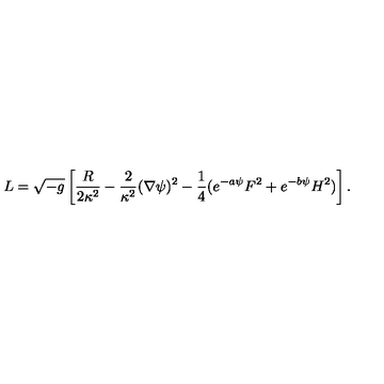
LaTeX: L = { \sqrt { - g } } \left[ { \frac { R } { 2 \kappa ^ { 2 } } } - { \frac { 2 } { \kappa ^ { 2 } } } ( \nabla \psi ) ^ { 2 } - { \frac { 1 } { 4 } } ( e ^ { - a \psi } F ^ { 2 } + e ^ { - b \psi } H ^ { 2 } ) \right] .